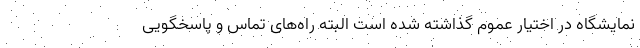
نمایشگاه در اختیار عموم گذاشته شده است البته راه‌های تماس و پاسخگویی